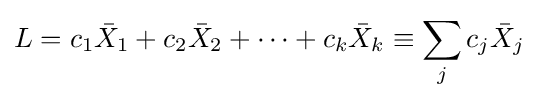
L=c_{1}{\bar {X}}_{1}+c_{2}{\bar {X}}_{2}+\cdots +c_{k}{\bar {X}}_{k}\equiv \sum _{j}c_{j}{\bar {X}}_{j}